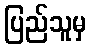
ပြည်သူမှ